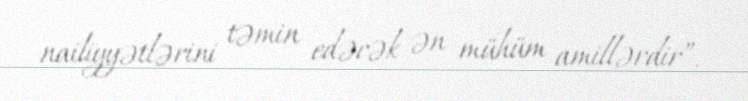
nailiyyətlərini təmin edəcək ən mühüm amillərdir”.